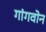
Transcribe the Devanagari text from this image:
गांगवोन